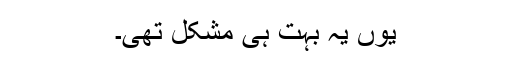
یوں یہ بہت ہی مشکل تھی۔